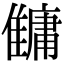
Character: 𩀬